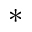
^ { * }